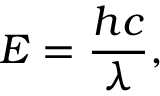
E = { \frac { h c } { \lambda } } ,